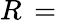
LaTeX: R\, =